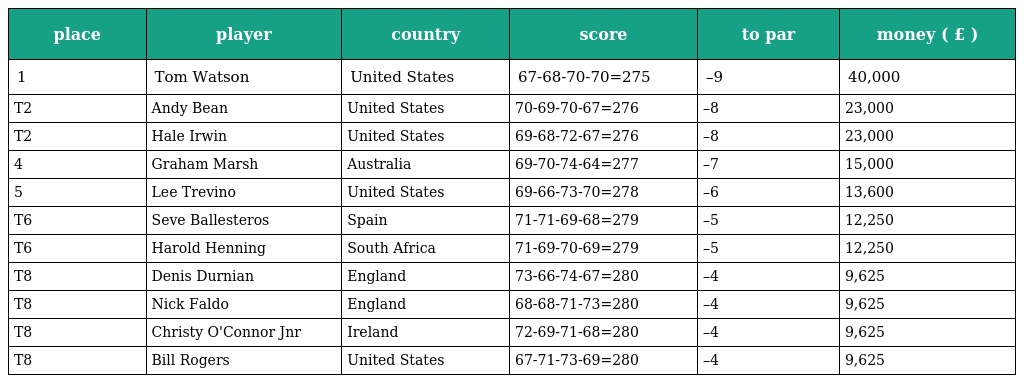
| place | player | country | score | to par | money ( £ ) |
 | --- | --- | --- | --- | --- | --- |
 | 1 | Tom Watson | United States | 67-68-70-70=275 | –9 | 40,000 |
 | T2 | Andy Bean | United States | 70-69-70-67=276 | –8 | 23,000 |
 | T2 | Hale Irwin | United States | 69-68-72-67=276 | –8 | 23,000 |
 | 4 | Graham Marsh | Australia | 69-70-74-64=277 | –7 | 15,000 |
 | 5 | Lee Trevino | United States | 69-66-73-70=278 | –6 | 13,600 |
 | T6 | Seve Ballesteros | Spain | 71-71-69-68=279 | –5 | 12,250 |
 | T6 | Harold Henning | South Africa | 71-69-70-69=279 | –5 | 12,250 |
 | T8 | Denis Durnian | England | 73-66-74-67=280 | –4 | 9,625 |
 | T8 | Nick Faldo | England | 68-68-71-73=280 | –4 | 9,625 |
 | T8 | Christy O'Connor Jnr | Ireland | 72-69-71-68=280 | –4 | 9,625 |
 | T8 | Bill Rogers | United States | 67-71-73-69=280 | –4 | 9,625 |